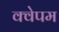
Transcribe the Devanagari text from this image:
क्वेपम